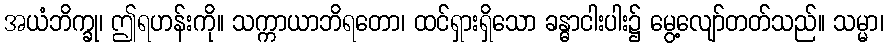
အယံဘိက္ခု၊ ဤရဟန်းကို။ သက္ကာယာဘိရတော၊ ထင်ရှားရှိသော ခန္ဓာငါးပါး၌ မွေ့လျော်တတ်သည်။ သမ္မာ၊